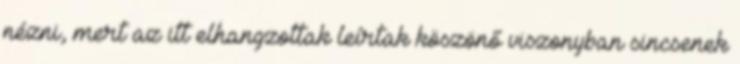
nézni, mert az itt elhangzottak leírtak köszönő viszonyban sincsenek